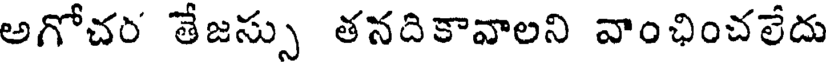
అగోచం తేజస్సు తనదికావాలని వాంఛించలేదు